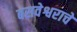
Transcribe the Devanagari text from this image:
बसवेश्वराचे